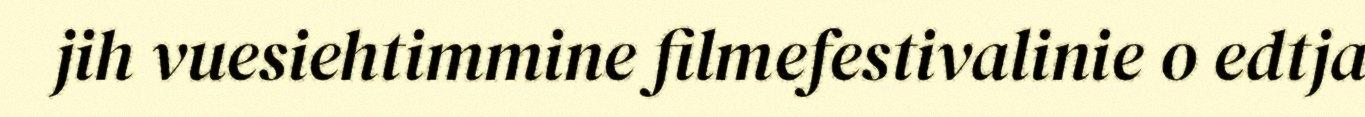
jih vuesiehtimmine filmefestivalinie o edtja